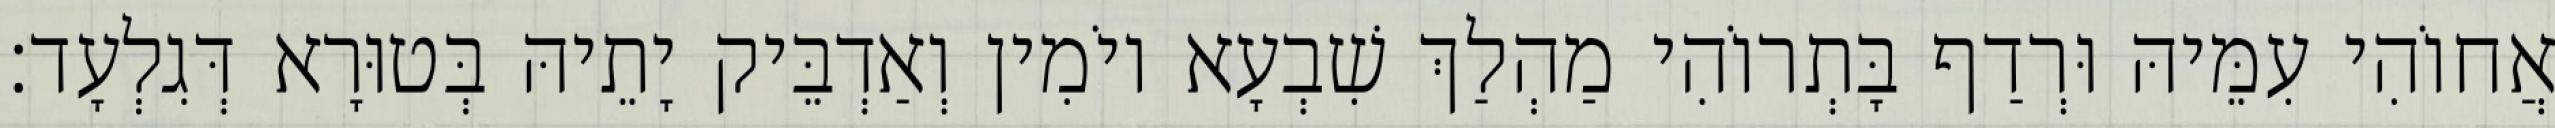
אֲחוֹהִי עִמֵּיהּ וּרְדַף בָּתְרוֹהִי מַהְלַךְ שִׁבְעָא יוֹמִין וְאַדְבֵּיק יָתֵיהּ בְּטוּרָא דְּגִלְעָד׃